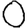
Digit: 0